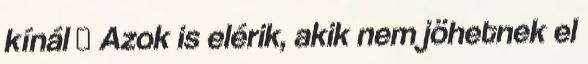
kínál  Azok is elérik, akik nem jöhetnek el